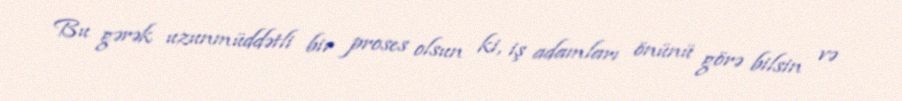
Bu gərək uzunmüddətli bir proses olsun ki, iş adamları önünü görə bilsin və